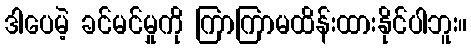
ဒါပေမဲ့ ခင်မင်မှုကို ကြာကြာမထိန်းထားနိုင်ပါဘူး။